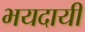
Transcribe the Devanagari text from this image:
भयदायी